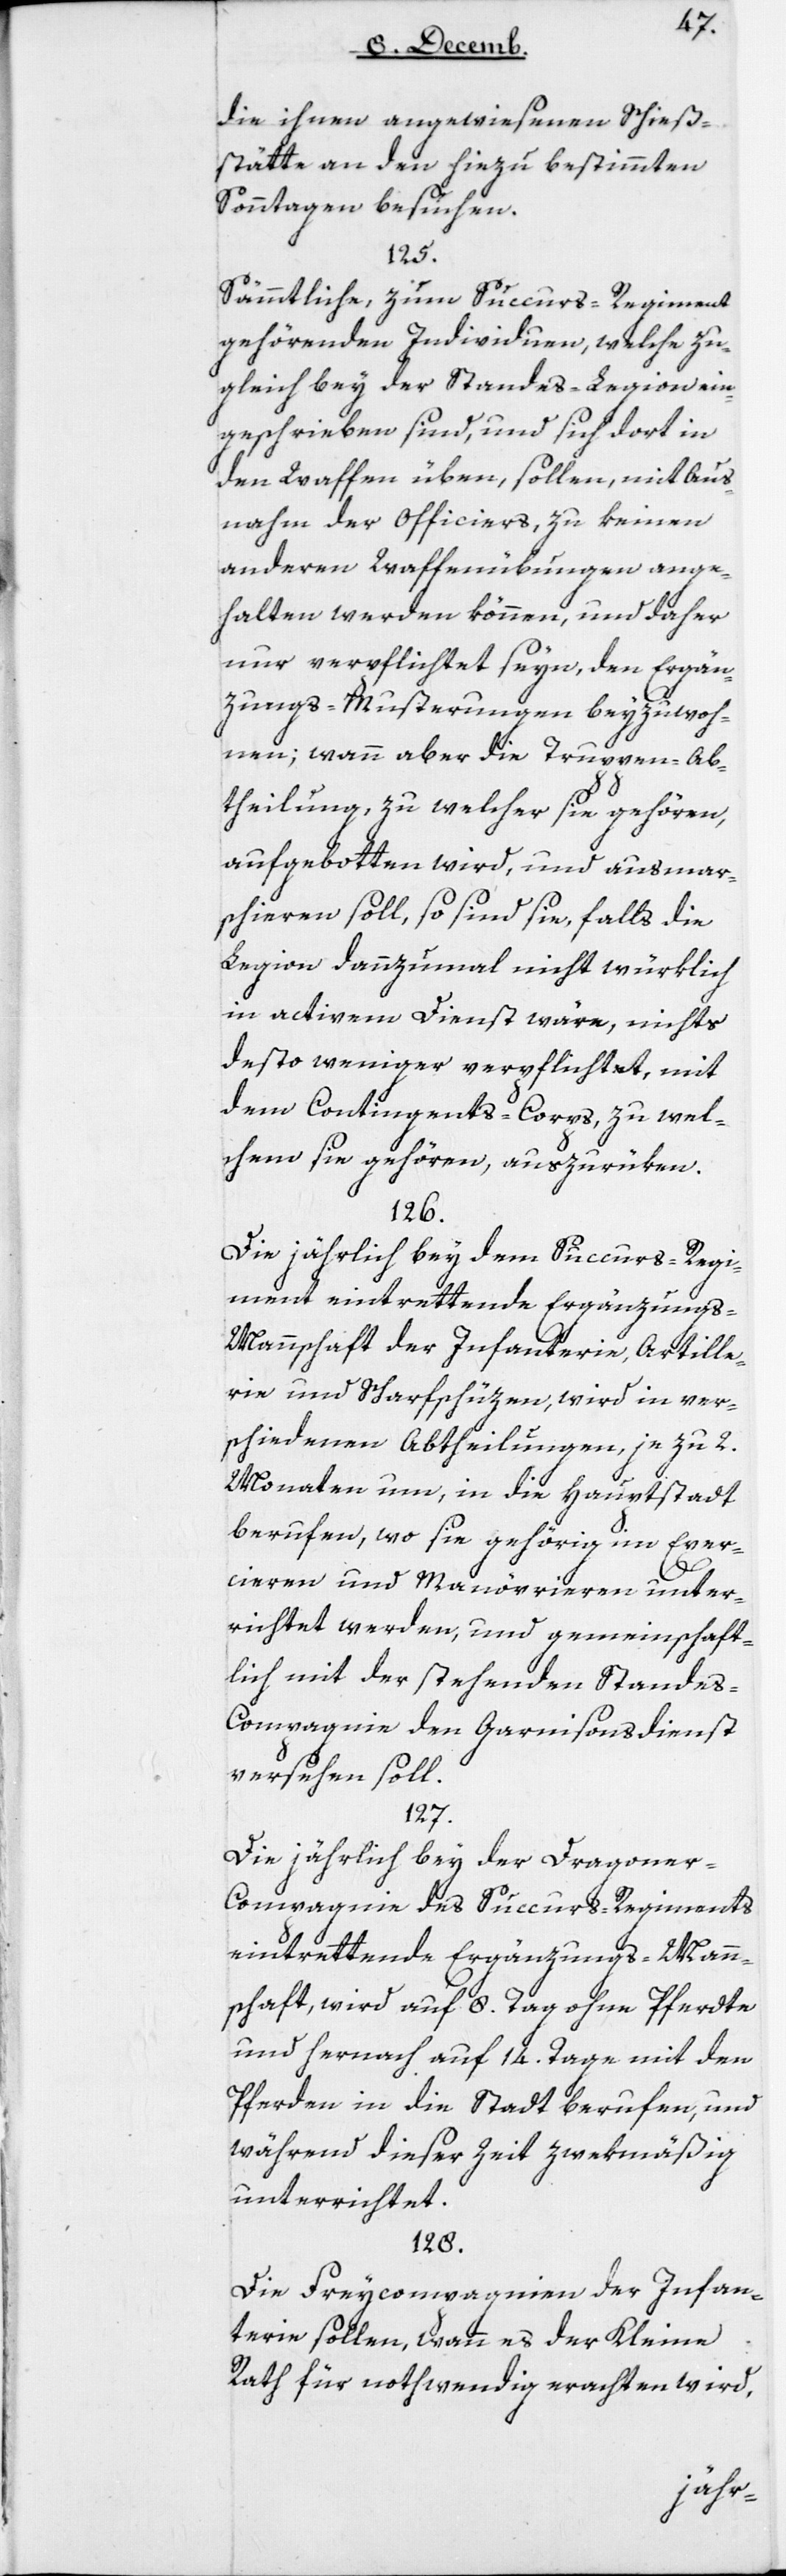
die ihnen angewiesenen Schieß¬
stätte an den hiezu bestimmten
Sonntagen besuchen.
125.
Sämmtliche, zum Succurs-Regiment
gehörenden Individuen, welche zu¬
gleich bey der Standes-Legion ein¬
geschrieben sind, und sich dort in
den Waffen üben, sollen mit Aus¬
nahme der Officiers, zu keinen
anderen Waffenübungen ange¬
halten werden können, und daher
nur verpflichtet seyn, den Ergän¬
zungs-Musterungen beyzuwoh¬
nen; wann aber die Truppen-Ab¬
theilung, zu welcher sie gehören,
aufgebotten wird, und ausmar¬
schieren soll, so sind sie, falls die
Legion dannzumal nicht würklich
in activem Dienst wäre, nichts
desto weniger verpflichtet, mit
dem Contingents-Corps, zu wel¬
chem sie gehören, auszurüken.
126.
Die jährlich bey dem Succurs-Regi¬
ment eintrettende Ergänzungs-M¬
annschaft der Infanterie, Artille¬
rie und Scharfschüzen, wird in ver¬
schiedenen Abtheilungen, je zu 2
Monaten um, in die Hauptstadt
berufen, wo sie gehörig im Exer¬
cieren und Manövrieren unter¬
richtet werden, und gemeinschaft¬
lich mit der stehenden Stande¬
s-Compagnie den Garnisonsdienst
versehen soll.
127.
Die jährlich bey der Dragone¬
r-Compagnie des Succurs-Regiments
eintrettende Ergänzungs-Mann¬
schaft, wird auf 8 Tag ohne Pferdte
und hernach auf 14 Tage mit den
Pferden in die Stadt berufen, und
während dieser Zeit zwekmäßig
unterrichtet.
128.
Die Freycompagnien der Infan¬
terie sollen, wann es der Kleine
Rath für nothwendig erachten wird,